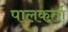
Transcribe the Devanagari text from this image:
पालकर्ता